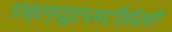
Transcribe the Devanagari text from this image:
डब्ल्यूएसटीईसी